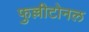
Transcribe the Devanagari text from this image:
फुल्लीटोनल